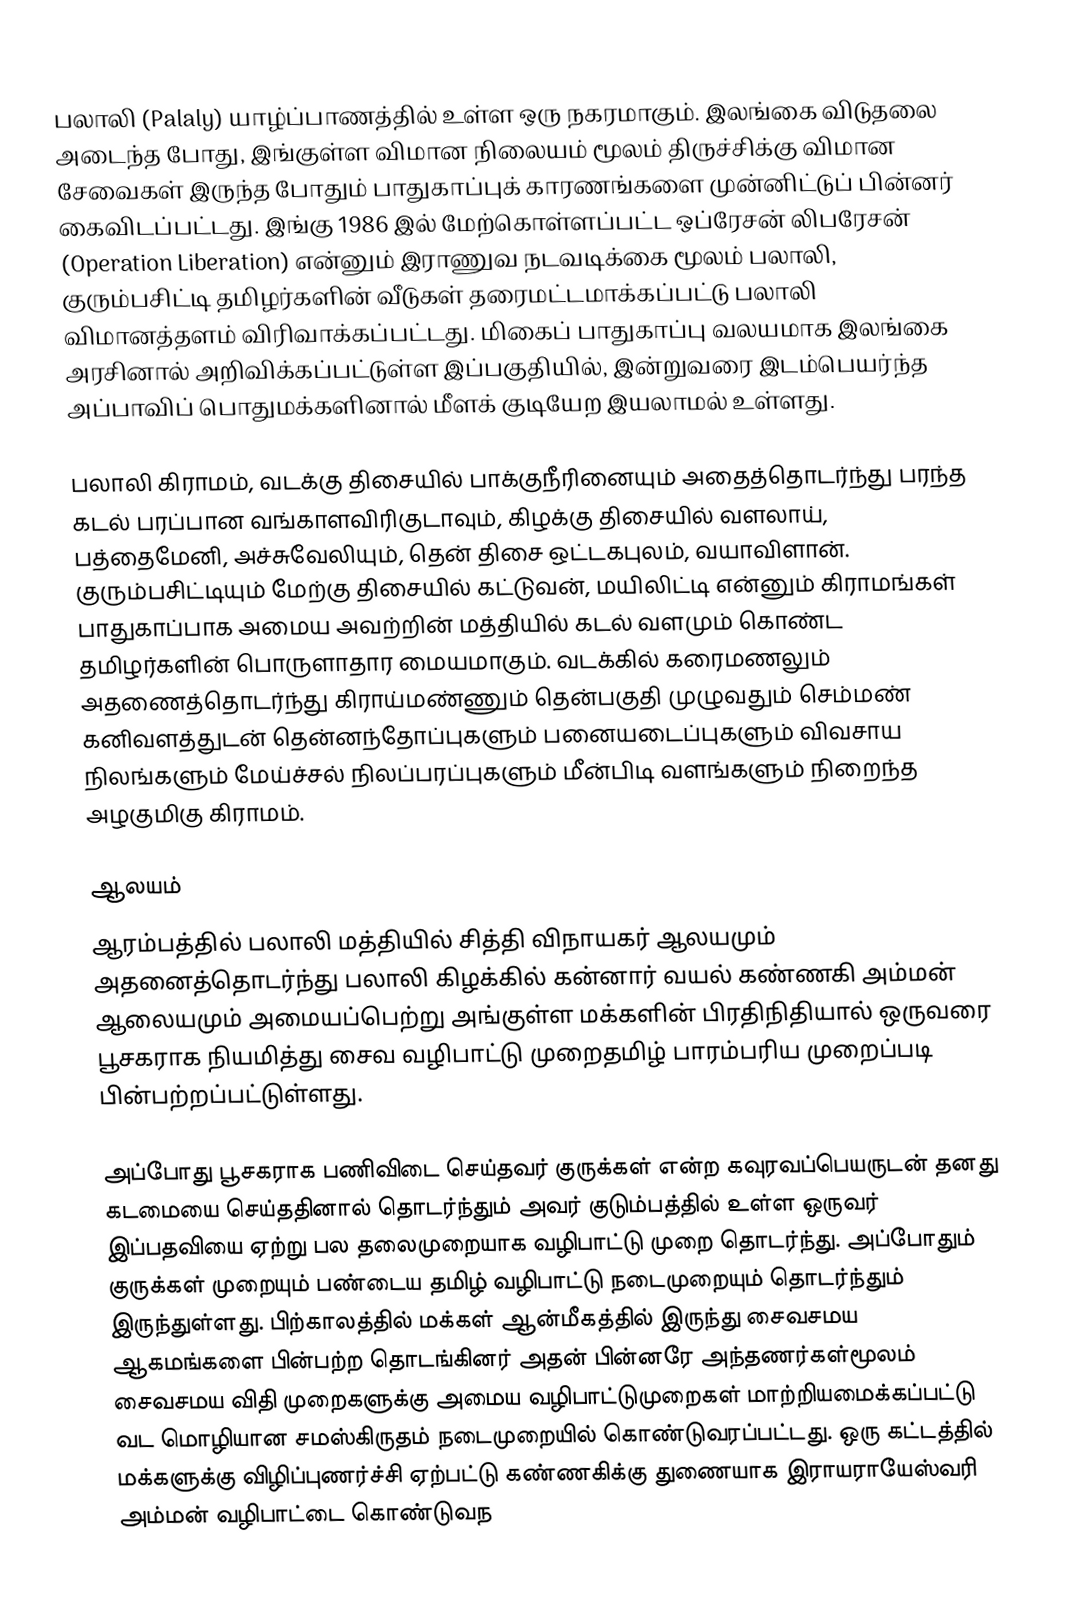
பலாலி (Palaly) யாழ்ப்பாணத்தில் உள்ள ஒரு நகரமாகும். இலங்கை விடுதலை அடைந்த போது, இங்குள்ள விமான நிலையம் மூலம் திருச்சிக்கு விமான சேவைகள் இருந்த போதும் பாதுகாப்புக் காரணங்களை முன்னிட்டுப் பின்னர் கைவிடப்பட்டது.  இங்கு 1986 இல் மேற்கொள்ளப்பட்ட ஒப்ரேசன் லிபரேசன் (Operation Liberation) என்னும் இராணுவ நடவடிக்கை மூலம் பலாலி, குரும்பசிட்டி தமிழர்களின் வீடுகள் தரைமட்டமாக்கப்பட்டு பலாலி விமானத்தளம் விரிவாக்கப்பட்டது. மிகைப் பாதுகாப்பு வலயமாக இலங்கை அரசினால் அறிவிக்கப்பட்டுள்ள இப்பகுதியில், இன்றுவரை இடம்பெயர்ந்த அப்பாவிப் பொதுமக்களினால் மீளக் குடியேற இயலாமல் உள்ளது.

பலாலி கிராமம், வடக்கு திசையில் பாக்குநீரினையும் அதைத்தொடர்ந்து பரந்த கடல் பரப்பான வங்காளவிரிகுடாவும், கிழக்கு திசையில் வளலாய், பத்தைமேனி, அச்சுவேலியும், தென் திசை ஒட்டகபுலம், வயாவிளான். குரும்பசிட்டியும் மேற்கு திசையில் கட்டுவன், மயிலிட்டி என்னும் கிராமங்கள் பாதுகாப்பாக அமைய அவற்றின் மத்தியில் கடல் வளமும் கொண்ட தமிழர்களின் பொருளாதார மையமாகும். வடக்கில் கரைமணலும் அதணைத்தொடர்ந்து கிராய்மண்ணும் தென்பகுதி முழுவதும் செம்மண் கனிவளத்துடன் தென்னந்தோப்புகளும் பனையடைப்புகளும் விவசாய நிலங்களும் மேய்ச்சல் நிலப்பரப்புகளும் மீன்பிடி வளங்களும் நிறைந்த அழகுமிகு கிராமம்.

ஆலயம்
ஆரம்பத்தில் பலாலி மத்தியில் சித்தி விநாயகர் ஆலயமும் அதனைத்தொடர்ந்து பலாலி கிழக்கில் கன்னார் வயல் கண்ணகி அம்மன் ஆலையமும் அமையப்பெற்று அங்குள்ள மக்களின் பிரதிநிதியால் ஒருவரை பூசகராக நியமித்து சைவ வழிபாட்டு முறைதமிழ் பாரம்பரிய முறைப்படி பின்பற்றப்பட்டுள்ளது.

அப்போது பூசகராக பணிவிடை செய்தவர் குருக்கள் என்ற கவுரவப்பெயருடன் தனது கடமையை செய்ததினால் தொடர்ந்தும் அவர் குடும்பத்தில் உள்ள ஒருவர் இப்பதவியை ஏற்று பல தலைமுறையாக வழிபாட்டு முறை தொடர்ந்து. அப்போதும் குருக்கள் முறையும் பண்டைய தமிழ் வழிபாட்டு நடைமுறையும் தொடர்ந்தும் இருந்துள்ளது. பிற்காலத்தில் மக்கள் ஆன்மீகத்தில் இருந்து சைவசமய ஆகமங்களை பின்பற்ற தொடங்கினர் அதன் பின்னரே அந்தணர்கள்மூலம் சைவசமய விதி முறைகளுக்கு அமைய வழிபாட்டுமுறைகள் மாற்றியமைக்கப்பட்டு வட மொழியான சமஸ்கிருதம் நடைமுறையில் கொண்டுவரப்பட்டது. ஒரு கட்டத்தில் மக்களுக்கு விழிப்புணர்ச்சி ஏற்பட்டு கண்ணகிக்கு துணையாக இராயராயேஸ்வரி அம்மன் வழிபாட்டை கொண்டுவந